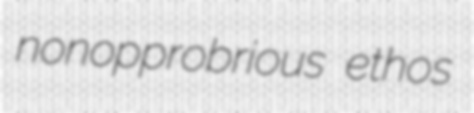
nonopprobrious ethos